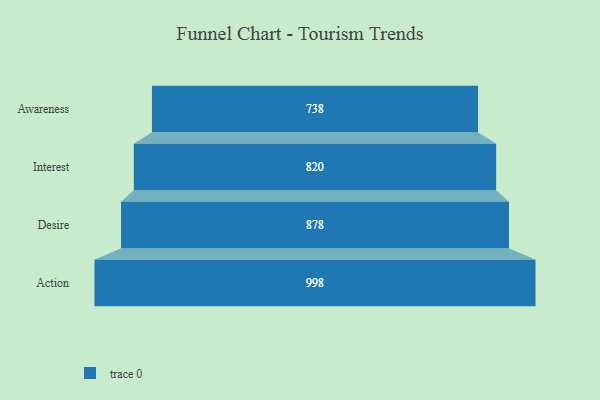
{"axis": {"x": "Stage", "y": "Value"}, "legend": [""], "data": [{"x": "Awareness", "y": 738.0, "type": ""}, {"x": "Interest", "y": 820.0, "type": ""}, {"x": "Desire", "y": 878.0, "type": ""}, {"x": "Action", "y": 998.0, "type": ""}]}